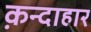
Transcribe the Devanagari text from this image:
क़न्दाहार